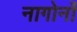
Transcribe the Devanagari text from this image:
नागोर्नो